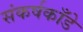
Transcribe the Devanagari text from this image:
संकर्षकाँडे